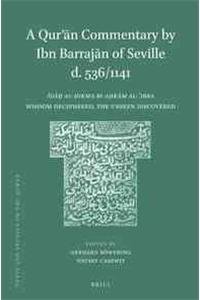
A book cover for A Qur'an Commentary by Ibn Barrajan of Seville D. 536/1141: Wisdom Deciphered, the Unseen Discovered (Texts and Studies on the Qur?An) (Arabic Edition); Gerhard Bo..wering; Religion & Spirituality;